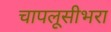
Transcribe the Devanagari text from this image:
चापलूसीभरा